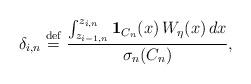
LaTeX: \begin{align*}\delta _{i,n}\stackrel{\rm def}{=}\frac{\int_{z_{i-1,n}}^{z_{i,n}}{\bf 1}_{C_{n}}(x)\,W_{\eta }(x)\,dx}{\sigma _{n}(C_{n})}, \end{align*}